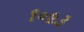
૧૦૯૩